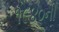
૧૯૪૦ની